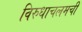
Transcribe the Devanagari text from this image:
विरुधाचलमची